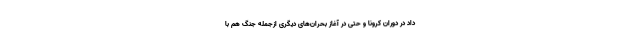
داد در دوران کرونا و حتی در آغاز بحران‌های دیگری ازجمله جنگ هم با